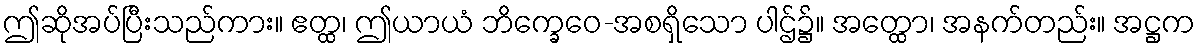
ဤဆိုအပ်ပြီးသည်ကား။ ဧတ္ထ၊ ဤယာယံ ဘိက္ခေဝေ-အစရှိသော ပါဌ်၌။ အတ္ထော၊ အနက်တည်း။ အဋ္ဌက